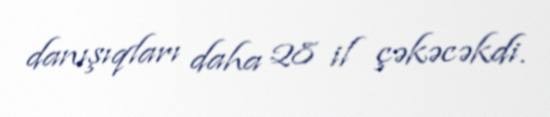
danışıqları daha 28 il çəkəcəkdi.